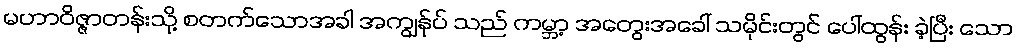
မဟာဝိဇ္ဇာတန်းသို့ စတက်သောအခါ အကျွန်ုပ် သည် ကမ္ဘာ့ အတွေးအခေါ် သမိုင်းတွင် ပေါ်ထွန်း ခဲ့ပြီး သော